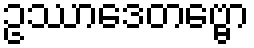
ဥဿာဒေတဗ္ဗော